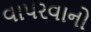
વાપરવાનો